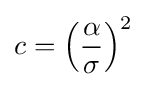
c=\left({\frac {\alpha }{\sigma }}\right)^{2}